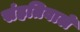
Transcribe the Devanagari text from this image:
संहतिवाले